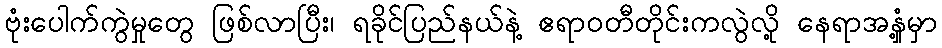
ဗုံးပေါက်ကွဲမှုတွေ ဖြစ်လာပြီး၊ ရခိုင်ပြည်နယ်နဲ့ ဧရာဝတီတိုင်းကလွဲလို့ နေရာအနှံ့မှာ